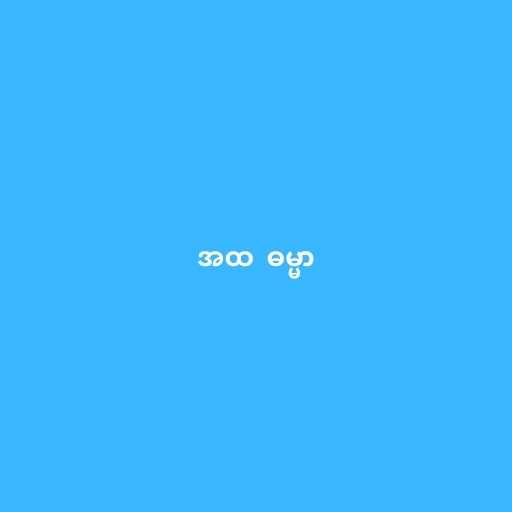
အထ  ဓမ္မာ